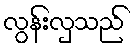
လွန်းလှသည်